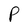
Character: P